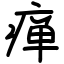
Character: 瘅